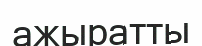
ажыратты